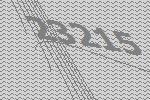
23215